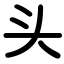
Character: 头